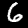
Label: 6